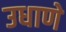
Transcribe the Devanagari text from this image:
उधाणे